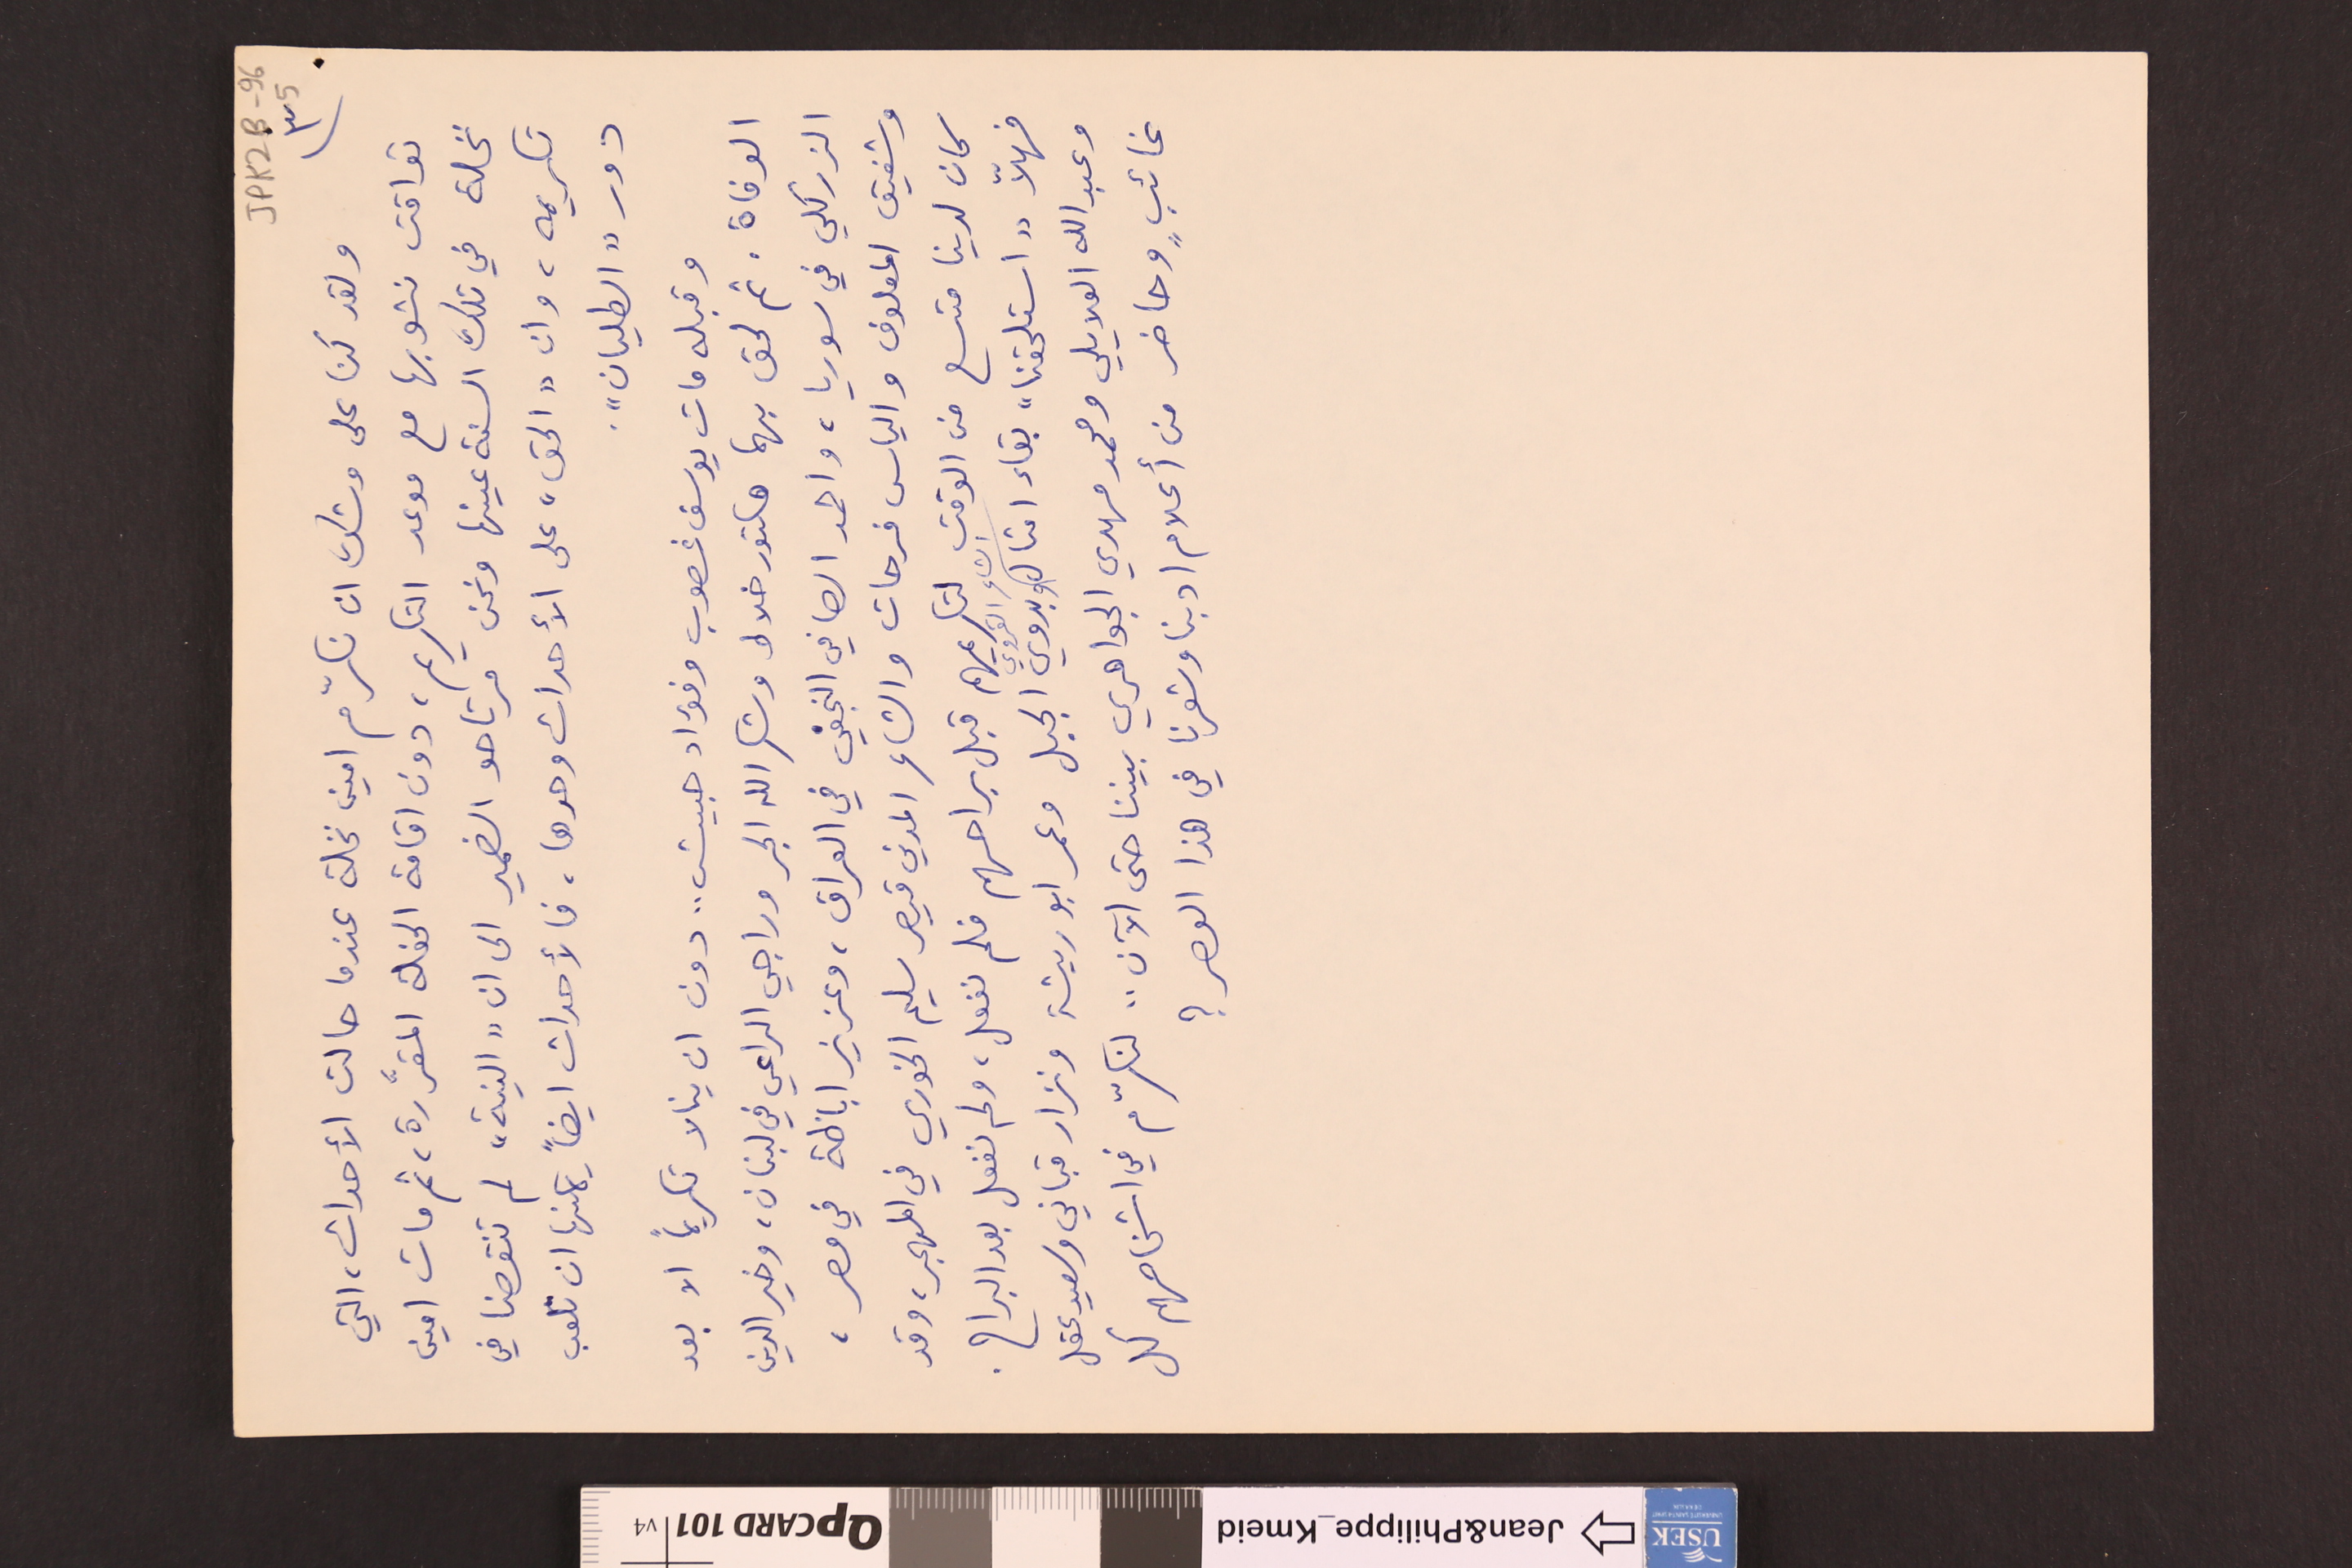
JPK2B-96			5		٣)
ولقد كنا على وشك ان نكرّم امين نخلة عندما حالت الأحداث، التي
تواقت نشوبها مع موعد التكريم، دون اقامة الحفلة المقرَّرة، ثم مات امين
نخلة في تلك السنة عينها ونحن مرتاحو الضمير الى ان "النية" لم تنقصنا في
تكريمه، وان "الحق" على الأحداث وحدها، فالأحداث ايضاً يمكنها ان تلعب
دور "الطليان".
وقبله مات يوسف غصوب وفؤاد حبيش .. دون ان ينالا تكريماً الا بعد
الوفاة. ثم لحق بهما هكتور خلاط وشكرالله الجر وراجي الراعي في لبنان، وخير الدين
الزركلي في سوريا، واحمد الصافي النجفي في العراق، وعزيز اباظة في مصر،
وشفيق المعلوف والياس فرحات والشاعر المدني قيصر سليم الخوري في المهجر، وقد
كان لدينا متسع من الوقت لتكريمهم قبل براحهم فلم نفعل، ولم نفعل بعد البراح.
فهلاً "استلحقنا" بقاء امثال الشاعر القروي وبدوي الجبل وعمر ابو ريشة ونزار قباني وسعيد عقل
وعبدالله العلايلي ومحمد مهدي الجواهري بيننا حتى الآن .. لنكرّم في اشخاصهم كل
غائبٍ وحاضر من أعلام ادبنا وشعرنا في هذا العصر ؟